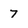
Character: 7